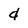
Character: d